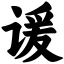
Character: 谖